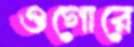
ওগোরে